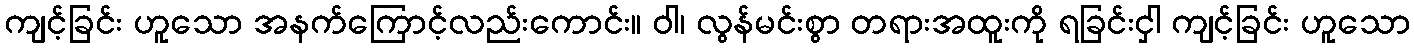
ကျင့်ခြင်း ဟူသော အနက်ကြောင့်လည်းကောင်း။ ဝါ၊ လွန်မင်းစွာ တရားအထူးကို ရခြင်းငှါ ကျင့်ခြင်း ဟူသော